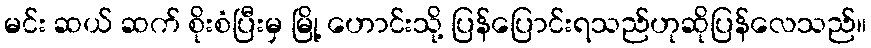
မင်း ဆယ် ဆက် စိုးစံပြီးမှ မြို့ ဟောင်းသို့ ပြန်ပြောင်းရသည်ဟုဆိုပြန်လေသည်။